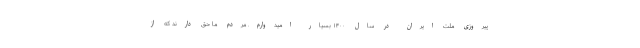
پیروزی ملت ایران در سال ۱۴۰۰ بسیار امیدوارم. مردم ما حق دارند که از